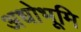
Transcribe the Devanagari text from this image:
अधोभूमि